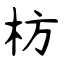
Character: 枋